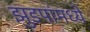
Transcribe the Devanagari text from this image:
झुडपांमध्ये